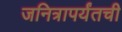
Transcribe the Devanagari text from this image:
जनित्रापर्यंतची